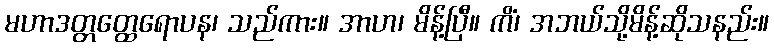
မဟာဒတ္တတ္ထေရောပန၊ သည်ကား။ အာဟ၊ မိန့်ပြီ။ ကိံ၊ အဘယ်သို့မိန့်ဆိုသနည်း။